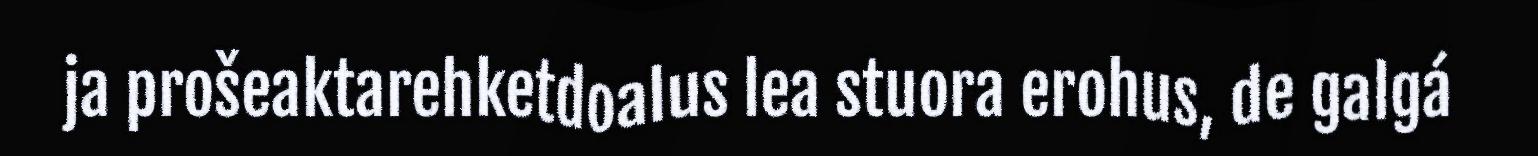
ja prošeaktarehketdoalus lea stuora erohus, de galgá